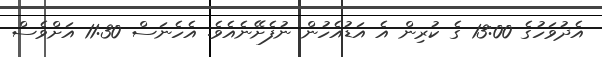
އެދުވަހުގެ 13:00 ގެ ކުރިން އެ އަޑުއެހުން ނުފެށޭނެއެވެ. އެހެނަސް 11:30 އަށްވެސް